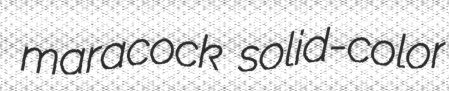
maracock solid-color